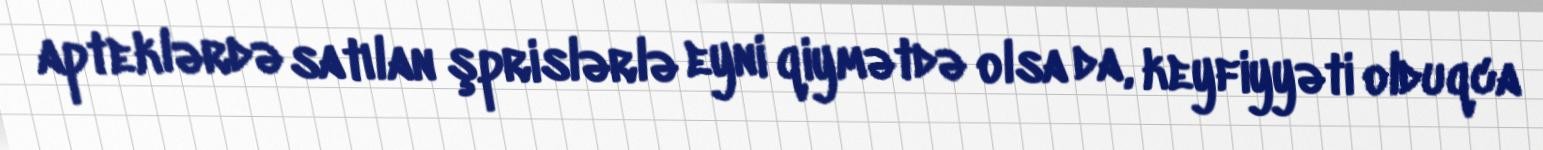
apteklərdə satılan şprislərlə eyni qiymətdə olsa da, keyfiyyəti olduqca